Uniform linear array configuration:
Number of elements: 4
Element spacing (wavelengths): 0.25
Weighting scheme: exponential
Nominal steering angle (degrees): -45
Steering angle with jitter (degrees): -45.68
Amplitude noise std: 0.05
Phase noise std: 0.05

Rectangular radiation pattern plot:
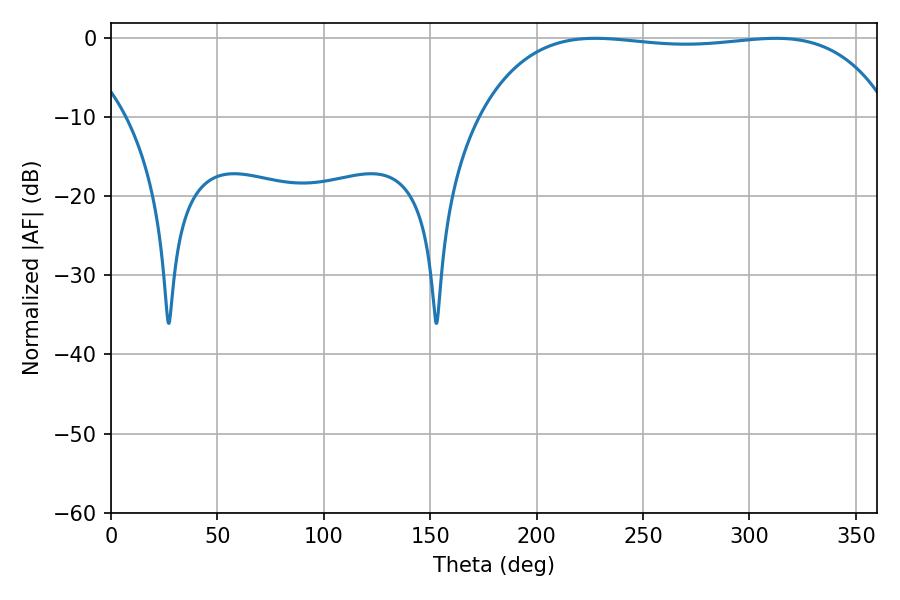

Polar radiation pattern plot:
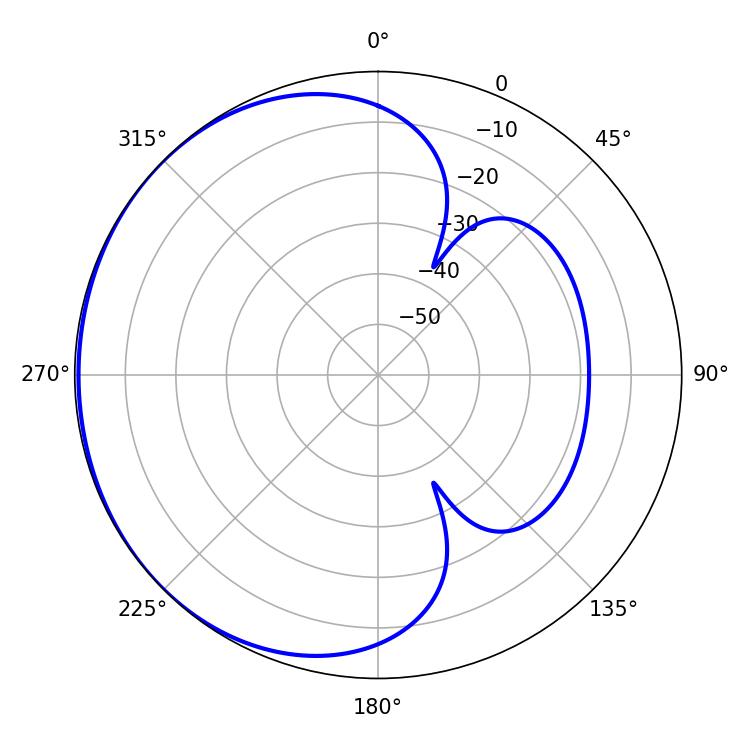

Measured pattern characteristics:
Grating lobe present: FALSE
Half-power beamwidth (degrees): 153.72
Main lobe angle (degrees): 227.52